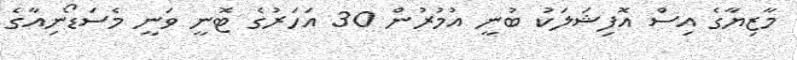
މާޒިޔާގެ އިސް އޮފިޝަލަކު ބުނީ އުމުރުން 30 އަހަރުގެ ޓޮނީ ވަނީ މެސަޑޯނިއާގެ